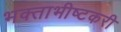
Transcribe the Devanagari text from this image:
भक्ताभीष्टकरी